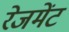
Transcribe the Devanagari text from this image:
रेजमेंट